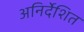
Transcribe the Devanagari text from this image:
अनिर्देशित